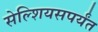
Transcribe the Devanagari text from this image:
सेल्शियसपर्यंत